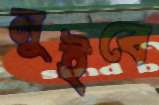
নুইবে